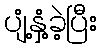
ပျံ့နှံ့ခဲ့ပြီး